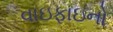
વાઇફાઇનો